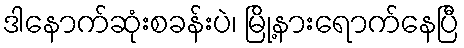
ဒါနောက်ဆုံးစခန်းပဲ၊ မြို့နားရောက်နေပြီ